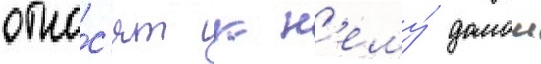
отно́с'ят к н'ему́ домои